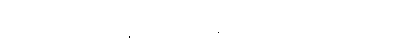
ကုမ္ပဏီကို တရားဝင်နေရာချပေးတဲ့စာချုပ်ကို ၁၇၅၇ မှာ ရရှိပြီး ၁၇၅၉ မှာ